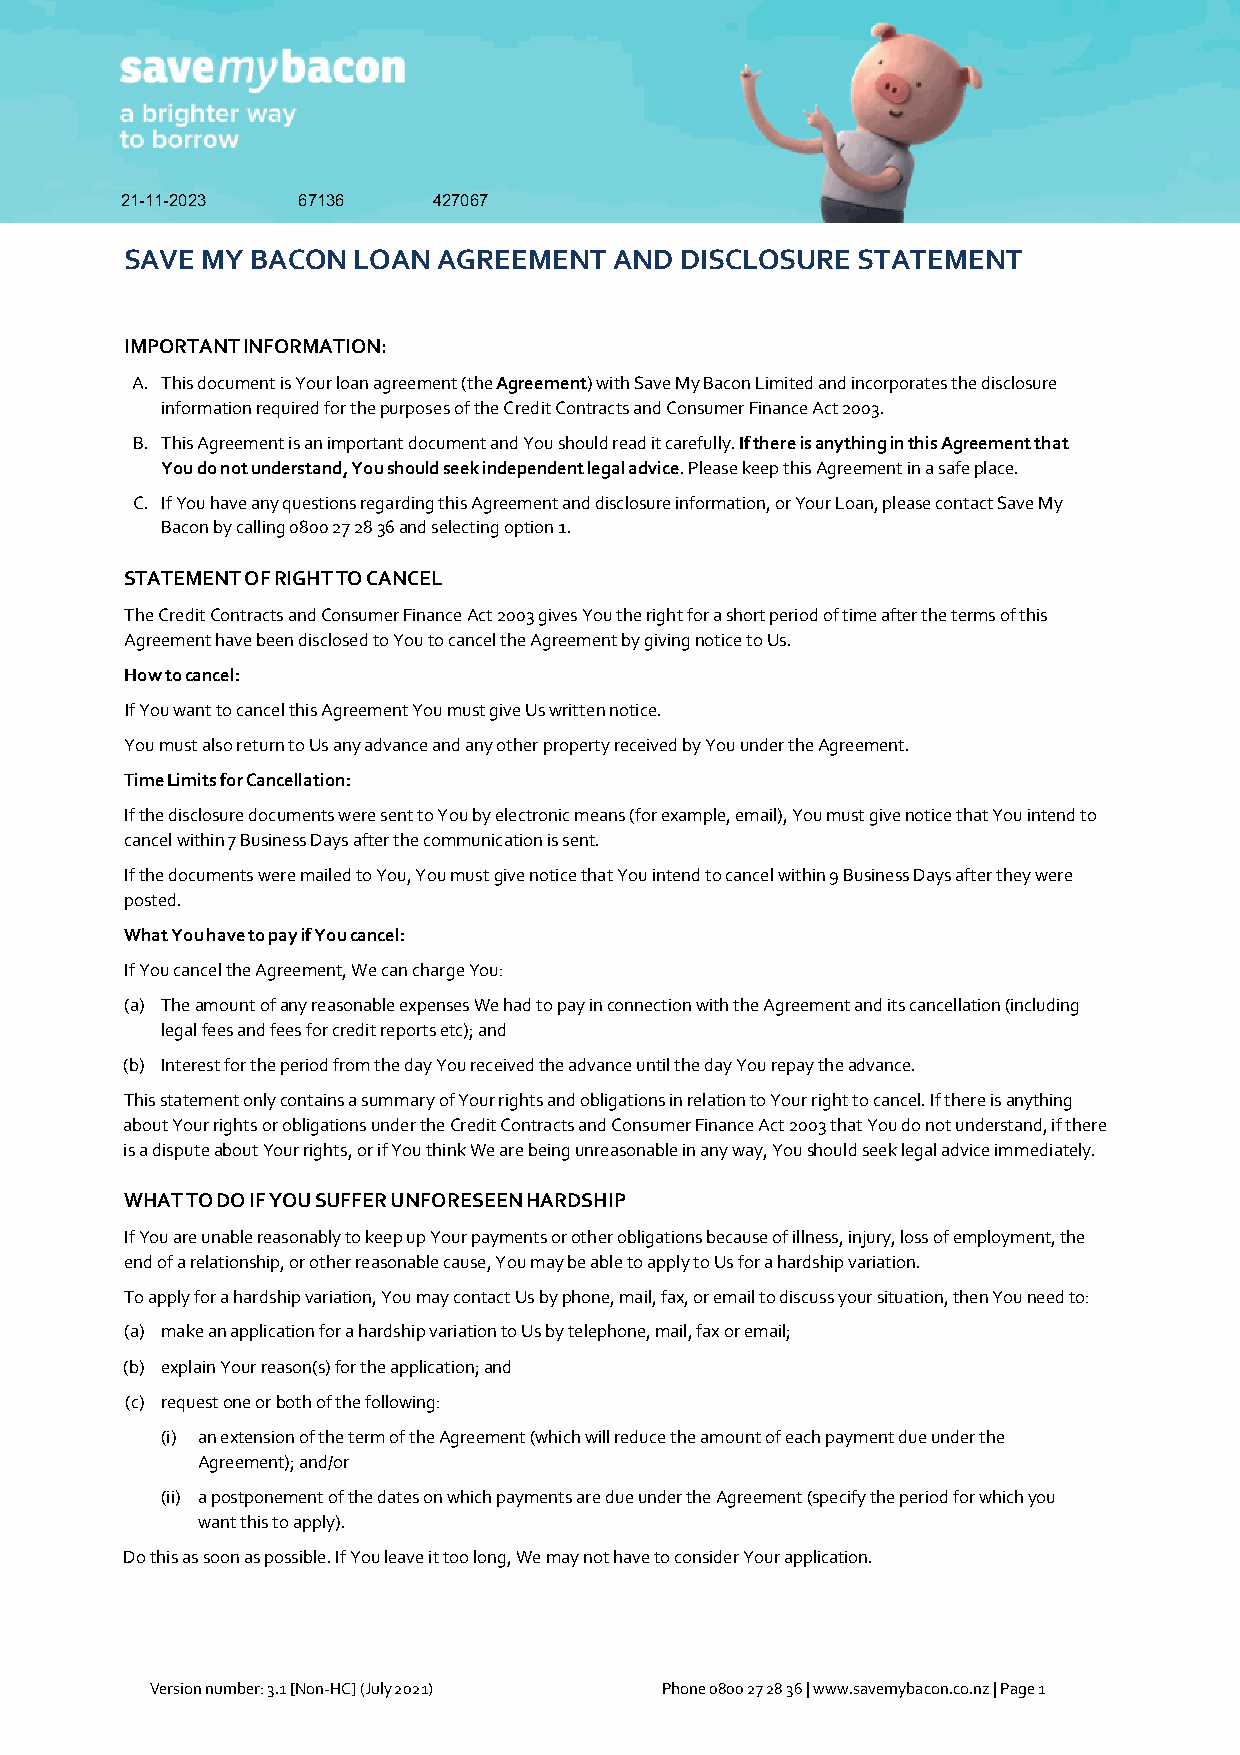
21-11-2023  67136    427067
 SAVE MY  BACON LOAN  AGREEMENT   AND DISCLOSURE  STATEMENT
 IMPORTANT INFORMATION:
 A. This document is Your loan agreement (the Agreement) with Save My Bacon Limited and incorporates the disclosure
 information required for the purposes of the Credit Contracts and Consumer Finance Act 2003.
 B. This Agreement is an important document and You should read it carefully. If there is anything in this Agreement that
 You do not understand, You should seek independent legal advice. Please keep this Agreement in a safe place.
 C. If You have any questions regarding this Agreement and disclosure information, or Your Loan, please contact Save My
 Bacon by calling 0800 27 28 36 and selecting option 1.
 STATEMENT OF RIGHT TO CANCEL
 The Credit Contracts and Consumer Finance Act 2003 gives You the right for a short period of time after the terms of this
 Agreement have been disclosed to You to cancel the Agreement by giving notice to Us.
 How to cancel:
 If You want to cancel this Agreement You must give Us written notice.
 You must also return to Us any advance and any other property received by You under the Agreement.
 Time Limits for Cancellation:
 If the disclosure documents were sent to You by electronic means (for example, email), You must give notice that You intend to
 cancel within 7 Business Days after the communication is sent.
 If the documents were mailed to You, You must give notice that You intend to cancel within 9 Business Days after they were
 posted.
 What You have to pay if You cancel:
 If You cancel the Agreement, We can charge You:
 (a) The amount of any reasonable expenses We had to pay in connection with the Agreement and its cancellation (including
 legal fees and fees for credit reports etc); and
 (b) Interest for the period from the day You received the advance until the day You repay the advance.
 This statement only contains a summary of Your rights and obligations in relation to Your right to cancel. If there is anything
 about Your rights or obligations under the Credit Contracts and Consumer Finance Act 2003 that You do not understand, if there
 is a dispute about Your rights, or if You think We are being unreasonable in any way, You should seek legal advice immediately.
 WHAT TO DO IF YOU SUFFER UNFORESEEN HARDSHIP
 If You are unable reasonably to keep up Your payments or other obligations because of illness, injury, loss of employment, the
 end of a relationship, or other reasonable cause, You may be able to apply to Us for a hardship variation.
 To apply for a hardship variation, You may contact Us by phone, mail, fax, or email to discuss your situation, then You need to:
 (a) make an application for a hardship variation to Us by telephone, mail, fax or email;
 (b) explain Your reason(s) for the application; and
 (c) request one or both of the following:
 (i) an extension of the term of the Agreement (which will reduce the amount of each payment due under the
 Agreement); and/or
 (ii) a postponement of the dates on which payments are due under the Agreement (specify the period for which you
 want this to apply).
 Do this as soon as possible. If You leave it too long, We may not have to consider Your application.
 Version number: 3.1 [Non-HC] (July 2021) Phone 0800 27 28 36 | www.savemybacon.co.nz | Page 1